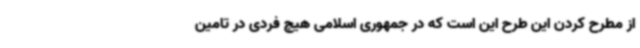
از مطرح کردن این طرح این است که در جمهوری اسلامی هیچ فردی در تامین